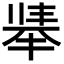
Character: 𫽛